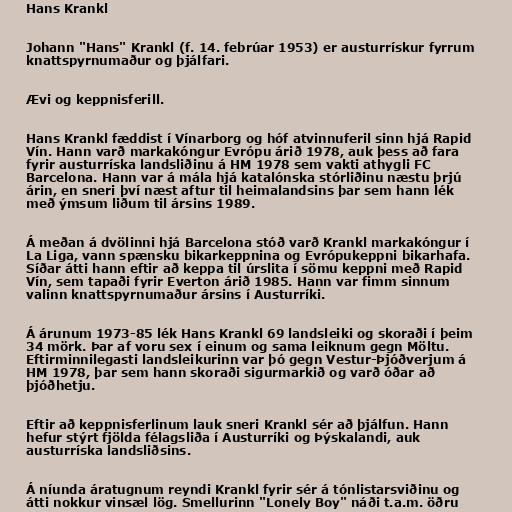
Hans Krankl

Johann "Hans" Krankl (f. 14. febrúar 1953) er austurrískur fyrrum
knattspyrnumaður og þjálfari.

Ævi og keppnisferill.

Hans Krankl fæddist í Vínarborg og hóf atvinnuferil sinn hjá Rapid
Vín. Hann varð markakóngur Evrópu árið 1978, auk þess að fara
fyrir austurríska landsliðinu á HM 1978 sem vakti athygli FC
Barcelona. Hann var á mála hjá katalónska stórliðinu næstu þrjú
árin, en sneri því næst aftur til heimalandsins þar sem hann lék
með ýmsum liðum til ársins 1989.

Á meðan á dvölinni hjá Barcelona stóð varð Krankl markakóngur í
La Liga, vann spænsku bikarkeppnina og Evrópukeppni bikarhafa.
Síðar átti hann eftir að keppa til úrslita í sömu keppni með Rapid
Vín, sem tapaði fyrir Everton árið 1985. Hann var fimm sinnum
valinn knattspyrnumaður ársins í Austurríki.

Á árunum 1973-85 lék Hans Krankl 69 landsleiki og skoraði í þeim
34 mörk. Þar af voru sex í einum og sama leiknum gegn Möltu.
Eftirminnilegasti landsleikurinn var þó gegn Vestur-Þjóðverjum á
HM 1978, þar sem hann skoraði sigurmarkið og varð óðar að
þjóðhetju.

Eftir að keppnisferlinum lauk sneri Krankl sér að þjálfun. Hann
hefur stýrt fjölda félagsliða í Austurríki og Þýskalandi, auk
austurríska landsliðsins.

Á níunda áratugnum reyndi Krankl fyrir sér á tónlistarsviðinu og
átti nokkur vinsæl lög. Smellurinn "Lonely Boy" náði t.a.m. öðru